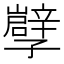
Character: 𡦯